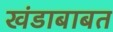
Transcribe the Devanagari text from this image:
खंडाबाबत